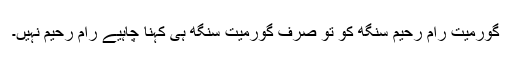
گورمیت رام رحیم سنگھ کو تو صرف گورمیت سنگھ ہی کہنا چاہیے رام رحیم نہیں۔